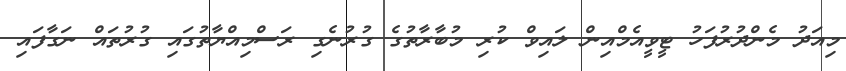
މިއަދު މެންދުރުފަހު ޓީވީއެމްއިން ލައިވް ކުރި މުބާރާތުގެ ގުރުނެގި ރަސްމިއްޔާތުގައި ގުރުތައް ނަގާފައި